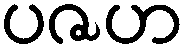
ပဇဟ